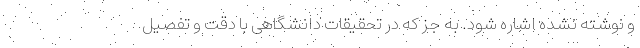
و نوشته نشده اشاره شود. به جز که در تحقیقات دانشگاهی با دقت و تفصیل